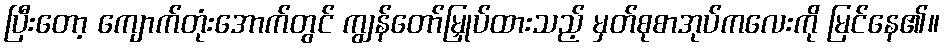
ပြီးတော့ ကျောက်တုံးအောက်တွင် ကျွန်တော်မြှုပ်ထားသည့် မှတ်စုစာအုပ်ကလေးကို မြင်နေ၏။